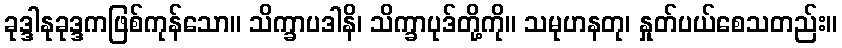
ခုဒ္ဒါနုခုဒ္ဒကဖြစ်ကုန်သော။ သိက္ခာပဒါနိ၊ သိက္ခာပုဒ်တို့ကို။ သမုဟနတု၊ နှုတ်ပယ်စေသတည်း။